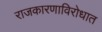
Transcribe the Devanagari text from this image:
राजकारणाविरोधात